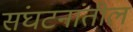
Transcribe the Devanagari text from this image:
संघटनांतील